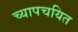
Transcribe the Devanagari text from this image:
च्यापचयित